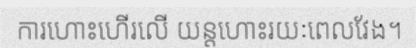
ការហោះហើរលើ យន្តហោះរយៈពេលវែង។